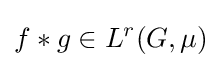
f*g\in L^{r}(G,\mu )